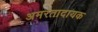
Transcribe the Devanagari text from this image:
अमरतादायक